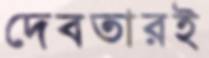
দেবতারই